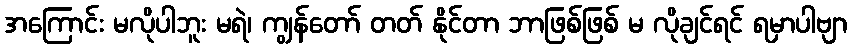
အကြောင်း မလိုပါဘူး မရဲ၊ ကျွန်တော် တတ် နိုင်တာ ဘာဖြစ်ဖြစ် မ လိုချင်ရင် ရမှာပါဗျာ